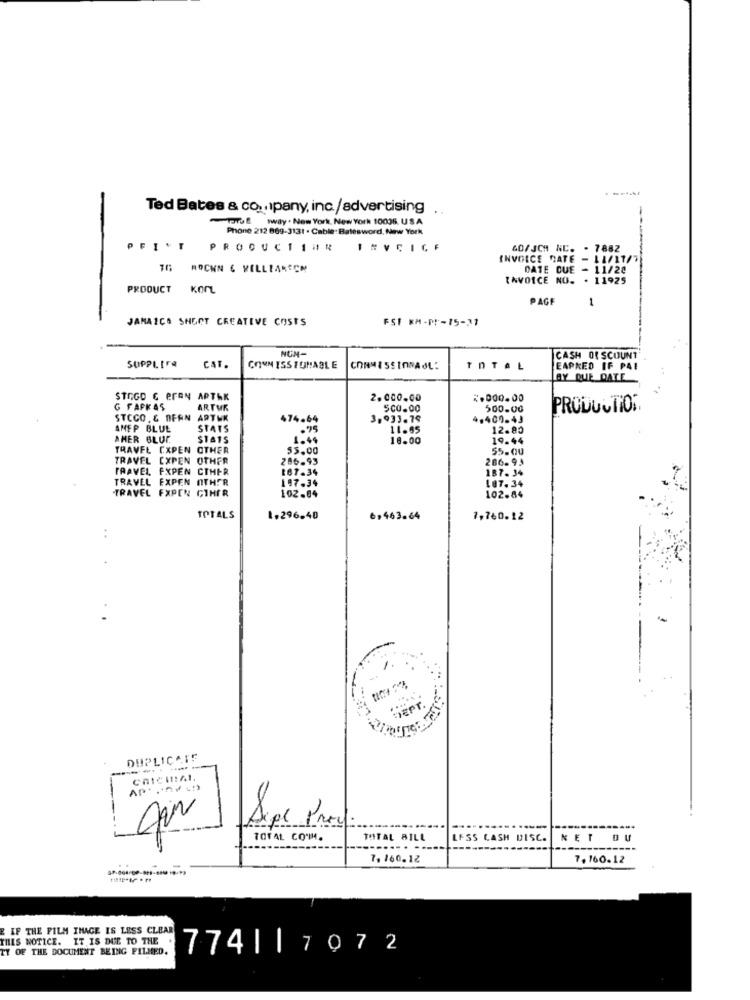
Ted Bates & co ., pany, inc./advertising
SE wway . New York, New York 10006. USA
Phone 212 889-3131 . Cable: Batesword, New York
PFIVT
PRODUCTIHR
INVCICF
60/JCA NC. - 7882
INVOICE DATE - LI/11/7
TO ROCKN & KELLTAKICH
DATE DUE - 11/28
INVOICE NU. . 11925
PRODUCT
KONL
PAGE
1
JAMAICA SHEET CREATIVE COSTS
FS1 KM-PF-15-11
NCM-
SUPPLIFa
CAT.
CASH OR SCOUNT
CORN ISS TOMABLE
COMMISSIONAOL:
TOTAL
EAPKED IF PAI
BY QUE DATE
STOGO C PrAN APTAK
2.000.00
2.000.00
G FAPKAS
ARTUR
500.00
500.00
PRODUCTION
STCCO. & BERN ARTWK
474.64
3,933.79
4.400.43
AMFP BLUE
STATS
.75
11.65
12.80
AMER BLUE
STATS
18.00
19.44
TRAVEL CXPEN OTHER
$5.00
55.00
TRAVEL EXPEN OTHER
286.93
286.93
TRAVEL, FXPEN CTHER
167.34
187. 34
TRAVEL EXPEN OTHER
197.34
187.34
-TRAVEL EXPEN CIHER
102.84
102.84
TOTALS
1.296.40
6,463.64
1,760.12
..
DEP
DUPLICATE
AP ....
TOTAL COMM.
TOTAL BILL
LESS CASH DISC.
NET
7, 160.12
7. 160.12
IF THE FILM IMAGE IS LESS CLEAR
THIS NOTICE. IT IS DUE TO THE
TY OF THE DOCUMENT BEING FILMED.
774||7072